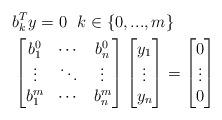
LaTeX: \begin{align*} & b_k^Ty= 0\ \ k\in\{0,...,m\}\\ &\begin{bmatrix}b^0_1&\cdots&b^0_n\\ \vdots&\ddots&\vdots\\ b^m_1&\cdots&b^m_n\end{bmatrix} \begin{bmatrix}y_1\\ \vdots\\ y_n\end{bmatrix}= \begin{bmatrix}0\\ \vdots\\ 0\end{bmatrix} \end{align*}